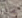
ماذا